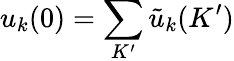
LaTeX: u_{k}(0)=\sum_{K^{\prime}}{\tilde{u}}_{k}(K^{\prime})